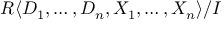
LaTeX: R \langle D _ { 1 } , \ldots , D _ { n } , X _ { 1 } , \ldots , X _ { n } \rangle / I